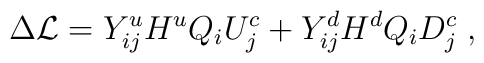
\Delta{\cal L}= Y_{ij}^u H^u Q_{i} U_{j}^c + Y_{ij}^d H^d Q_{i} D_{j}^c \;,